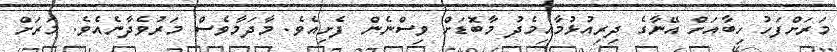
މަރަށްފަހު ހިބާއަށް އޭނާގެ ދިރިއުޅުމާއިމެދު މާބޮޑަށް ވިސްނެން ފެށިއެވެ. މާދަމާވެސް މަރުވެދާނެއެވެ. މަރަށް